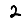
Digit: 2